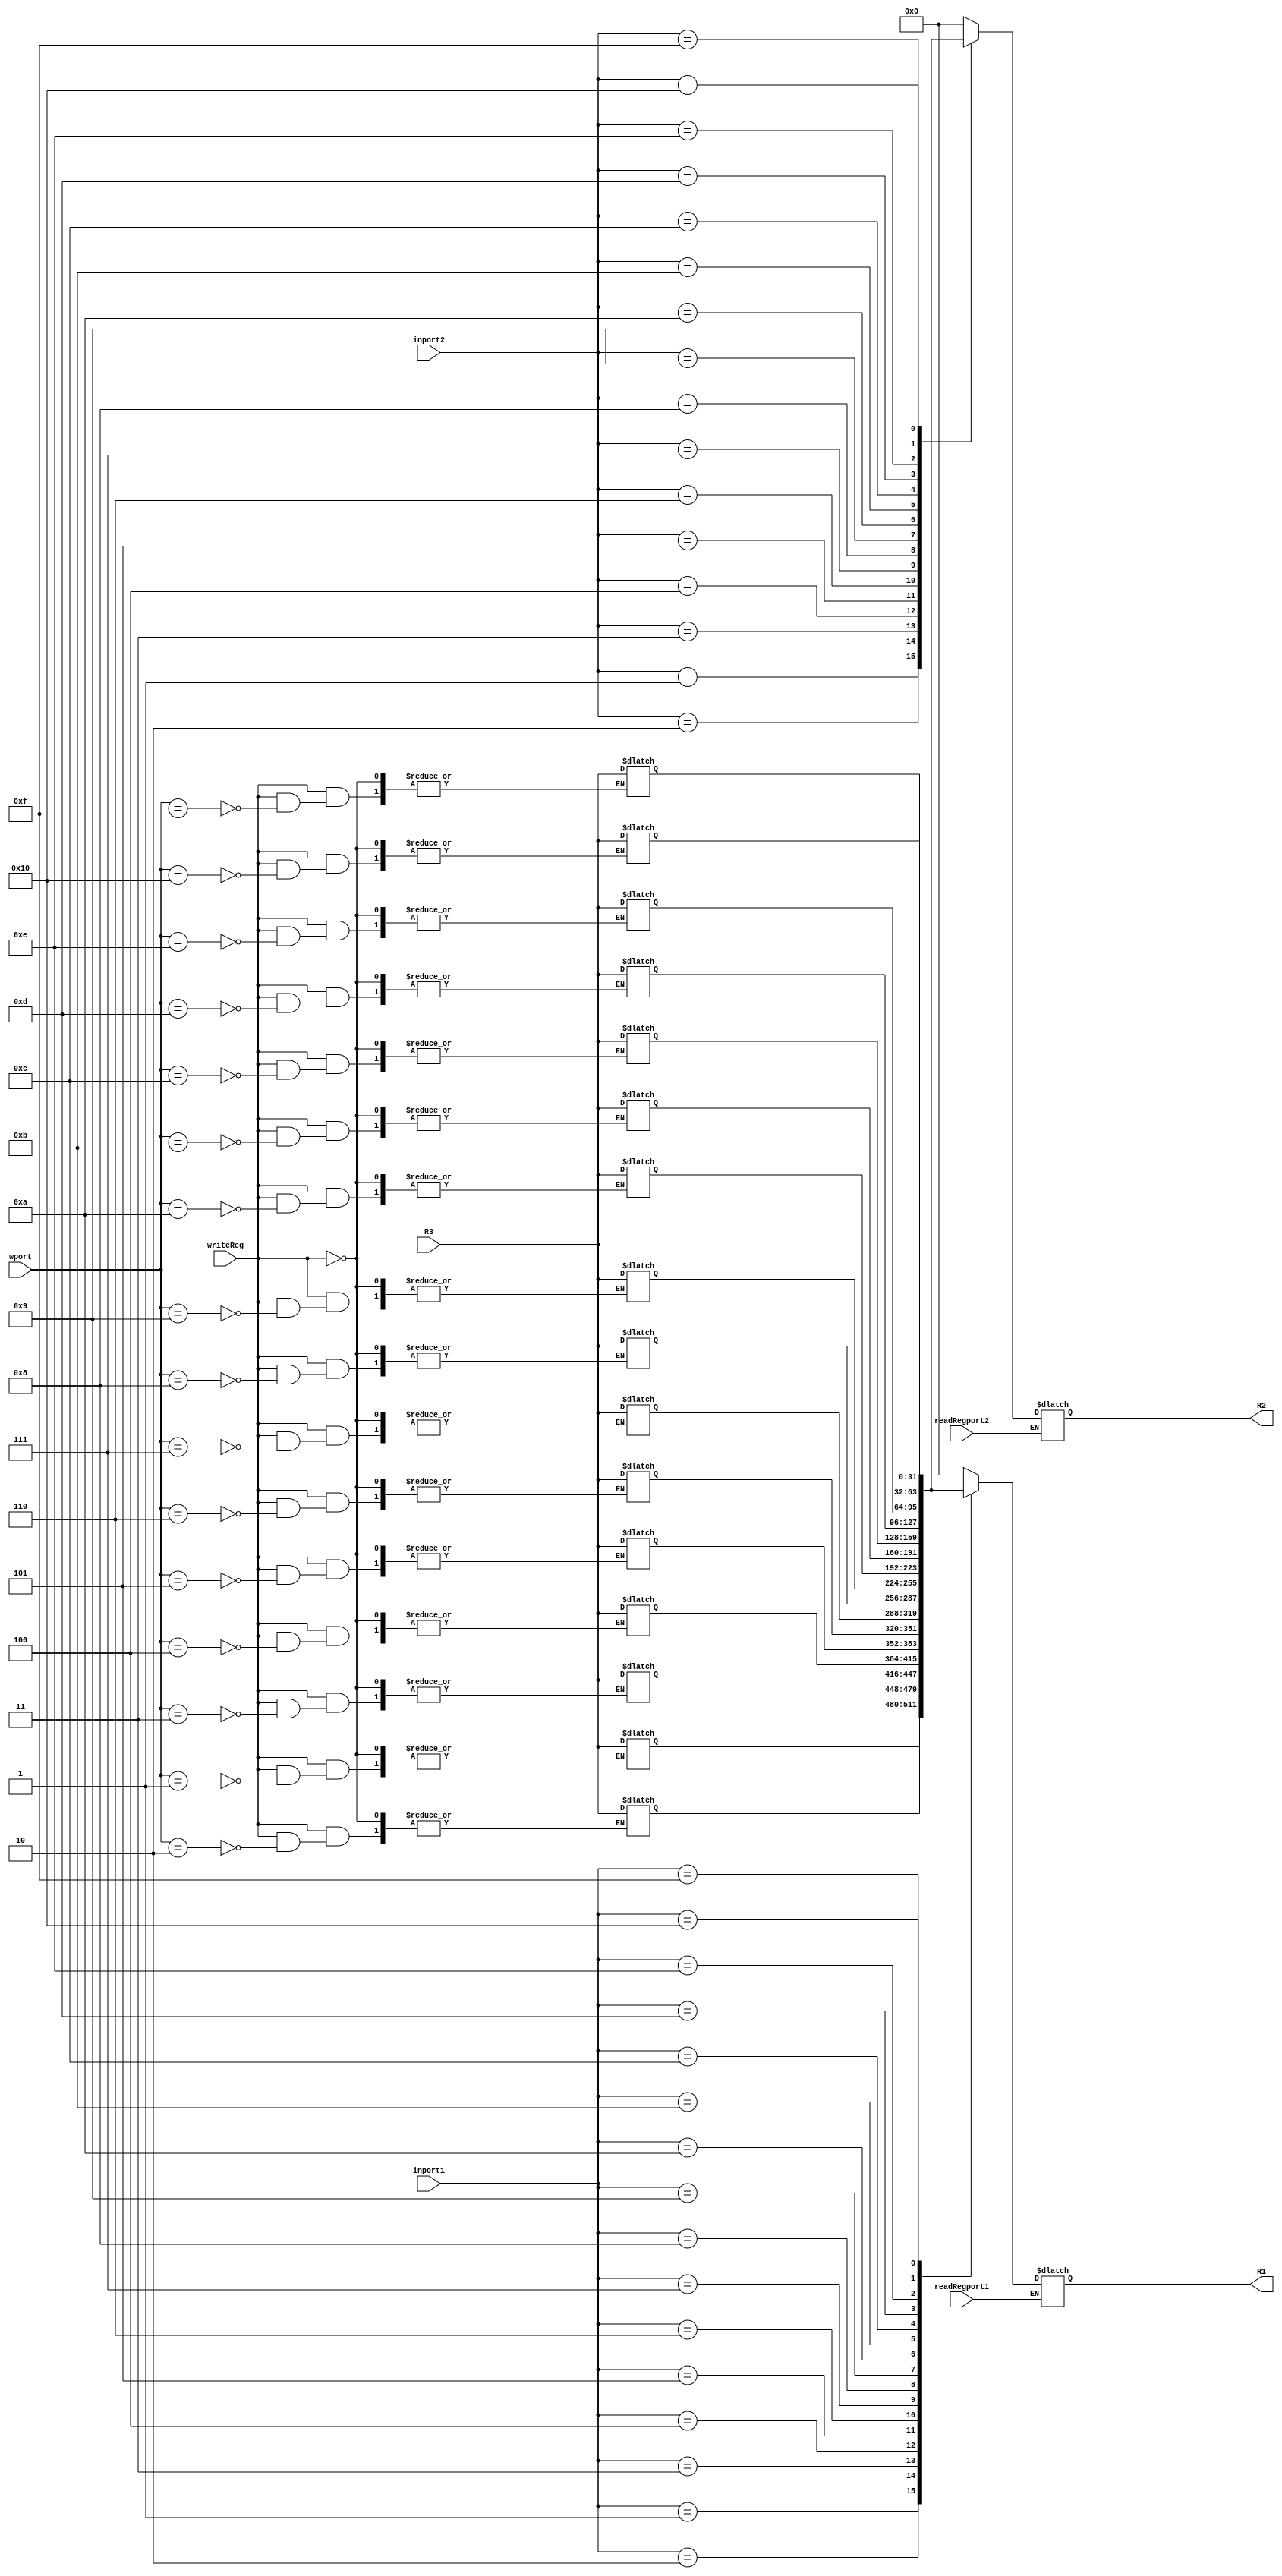
module Regbank(
    input [4:0] inport1,
    input [4:0] inport2,
    input readRegport1,
    input readRegport2,
    input writeReg,
    output reg [31:0] R1,
    output reg [31:0] R2,
    input [4:0] wport,
    input [31:0] R3
);
    
    reg [31:0] R[16:0];
    always @(*) begin
        R[0] = 32'd0;
    end
    
    initial begin
        R[0] = 32'd0;
        R[1] = 32'd2;
        R[2] = 32'd3;
        R[3] = 32'd3;
        R[4] = 32'd4;
        R[5] = 32'd5;
        R[6] = 32'd6;
        R[7] = 32'd7;
        R[8] = 32'd8;
        R[9] = 32'd9;
        R[10] = 32'd10;
        R[11] = 32'd11;
        R[12] = 32'd12;
        R[13] = 32'd13;
        R[14] = 32'd14;
        R[15] = 32'd15;
        R[16] = 32'd16;
    end
    
    
    always @(*) begin
        if(readRegport1 == 1'b1)
        R1=R[inport1];
    end
    always @(*) begin
        if(readRegport2 == 1'b1)
        R2=R[inport2];
    end
    always @(*) begin
        if(writeReg == 1'b1)
        R[wport]=R3;
    end
endmodule